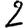
Digit: 2